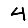
Digit: 4